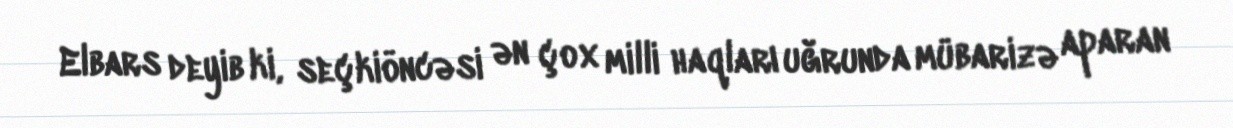
Elbars deyib ki, seçkiöncəsi ən çox milli haqları uğrunda mübarizə aparan